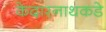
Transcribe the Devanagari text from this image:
केदारनाथकडे